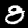
Label: 8